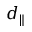
d _ { \parallel }